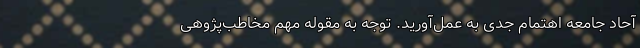
آحاد جامعه اهتمام جدی به عمل‌آورید. توجه به مقوله مهم مخاطب‌پژوهی